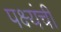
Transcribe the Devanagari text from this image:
पक्ष्यंची